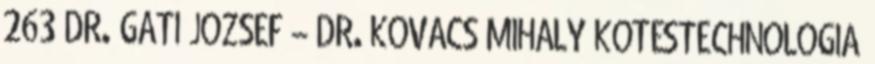
263 DR. GÁTI JÓZSEF – DR. KOVÁCS MIHÁLY KÖTÉSTECHNOLÓGIA